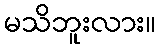
မသိဘူးလား။